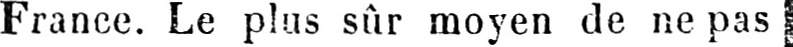
France. Le plus sûr moyen de ne pas